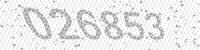
Solution: 026853